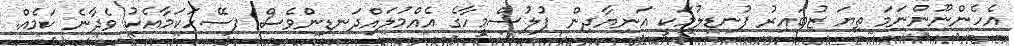
އެހެންނޫންނަމަ ތިޔަ ޒުބައިރު ފުނޑލުމަކީ އަނިޔާދިން ފުލުސްމީހާގެ އެއްމުލައްދަނޑިންވެސް ފސޭހަކަމާއެކު ވެދާނެ ކަމެއް.